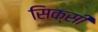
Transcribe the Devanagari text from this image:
सिक्सी